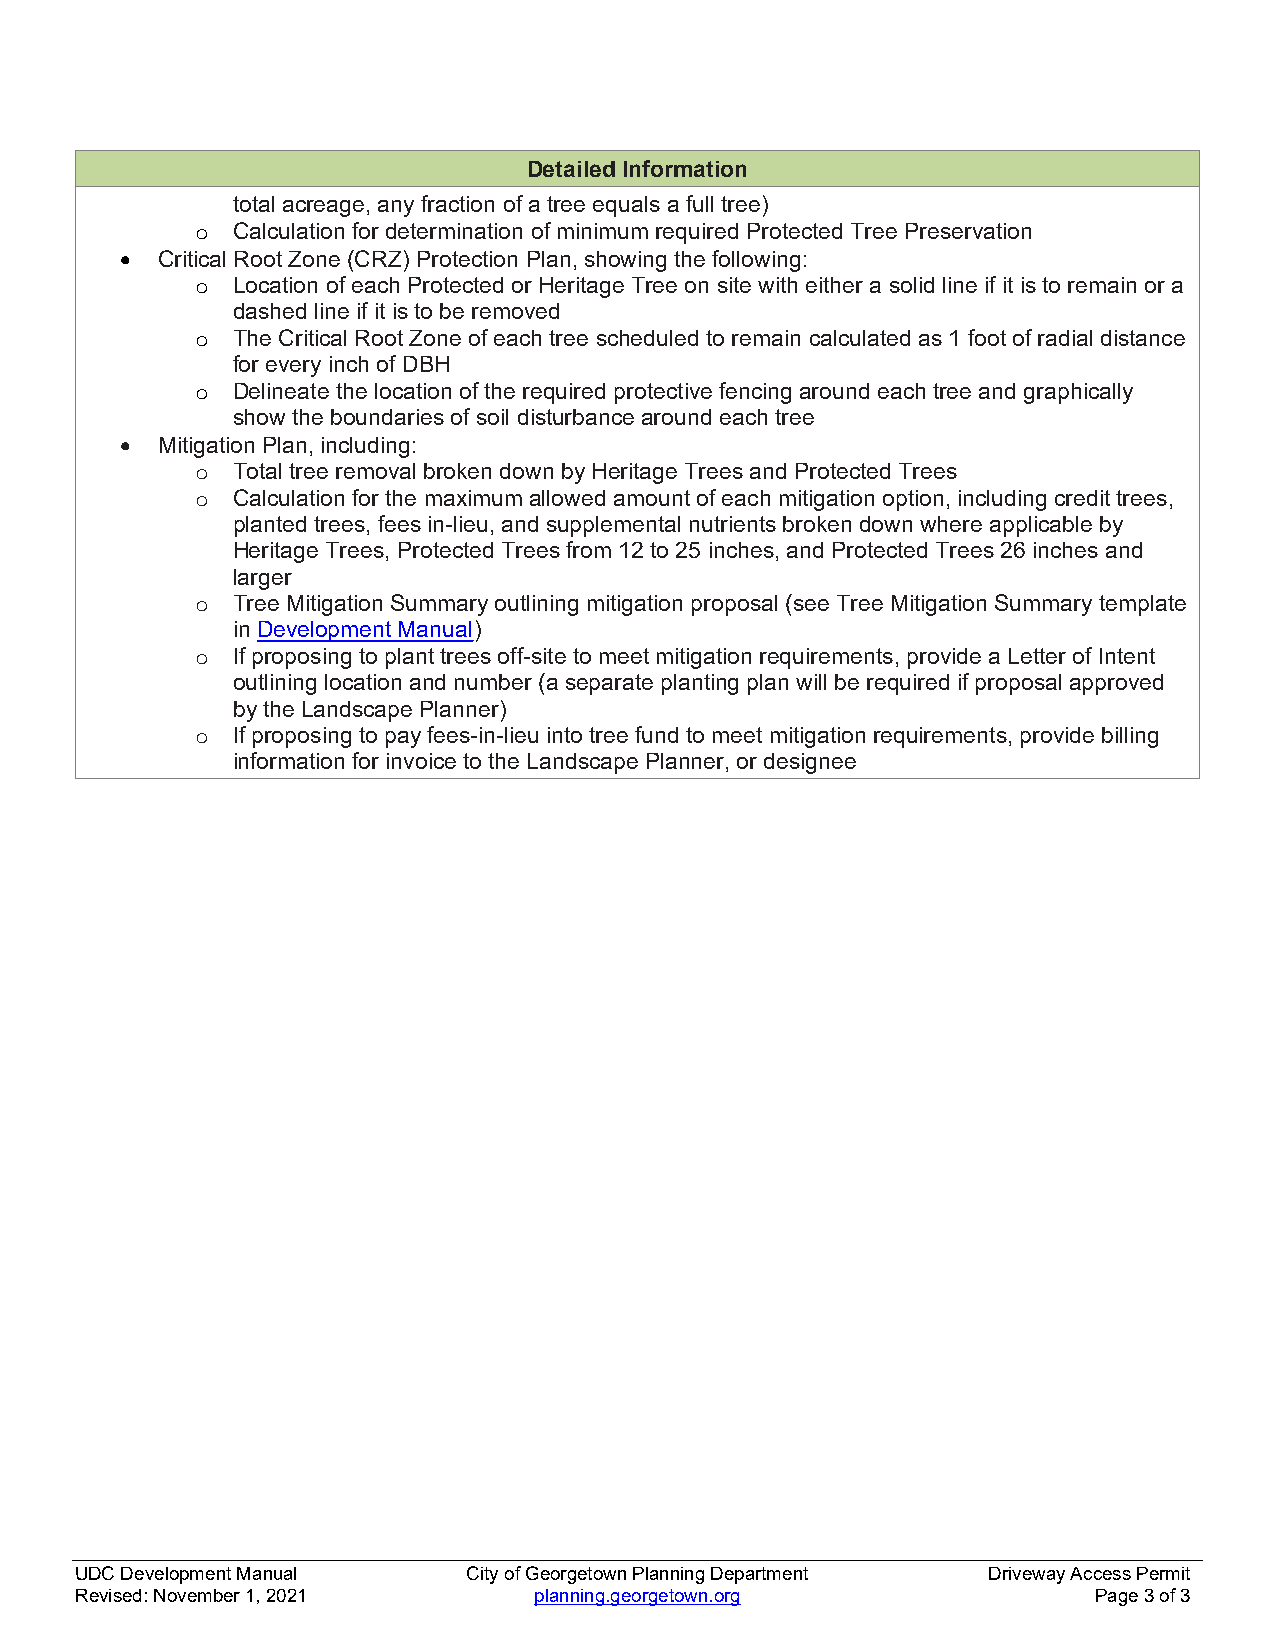
Detailed Information
 total acreage, any fraction of a tree equals a full tree)
 o Calculation for determination of minimum required Protected Tree Preservation
  Critical Root Zone (CRZ) Protection Plan, showing the following:
 o Location of each Protected or Heritage Tree on site with either a solid line if it is to remain or a
 dashed line if it is to be removed
 o The Critical Root Zone of each tree scheduled to remain calculated as 1 foot of radial distance
 for every inch of DBH
 o Delineate the location of the required protective fencing around each tree and graphically
 show the boundaries of soil disturbance around each tree
  Mitigation Plan, including:
 o Total tree removal broken down by Heritage Trees and Protected Trees
 o Calculation for the maximum allowed amount of each mitigation option, including credit trees,
 planted trees, fees in-lieu, and supplemental nutrients broken down where applicable by
 Heritage Trees, Protected Trees from 12 to 25 inches, and Protected Trees 26 inches and
 larger
 o Tree Mitigation Summary outlining mitigation proposal (see Tree Mitigation Summary template
 in Development Manual)
 o If proposing to plant trees off-site to meet mitigation requirements, provide a Letter of Intent
 outlining location and number (a separate planting plan will be required if proposal approved
 by the Landscape Planner)
 o If proposing to pay fees-in-lieu into tree fund to meet mitigation requirements, provide billing
 information for invoice to the Landscape Planner, or designee
 UDC Development Manual    City of Georgetown Planning Department Driveway Access Permit
 Revised: November 1, 2021     planning.georgetown.org              Page 3 of 3